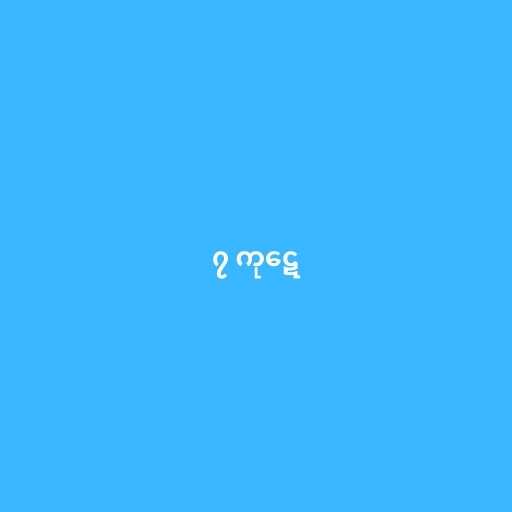
၇ ကုဋေ